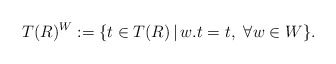
\begin{align*}T(R)^W:=\{t\in T(R)\, | \, w.t=t, \,\, \forall w\in W\}.\end{align*}